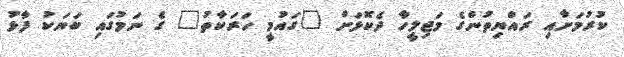
ކުރުމަށާއި ރައްޔިތުންގެ މަޖިލީހާ ދެކޮޅަށް "ގައުމީ ހަރަކާތު" ގެ ނަމުގައި ބަޔަކު ފާޅު